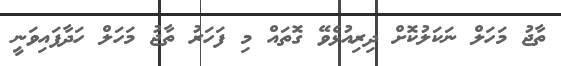
ތާޖު މަހަލް ނަކަލުކޮށް ދިރިއުޅެވޭ ގޮތައް މި ފަހަރު ތާޖު މަހަލް ހަދާފައިވަނީ